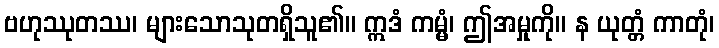
ဗဟုဿုတဿ၊ များသောသုတရှိသူ၏။ ဣဒံ ကမ္မံ၊ ဤအမှုကို။ န ယုတ္တံ ကာတုံ၊